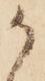
か